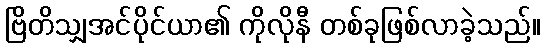
ဗြိတိသျှအင်ပိုင်ယာ၏ ကိုလိုနီ တစ်ခုဖြစ်လာခဲ့သည်။